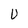
Character: U